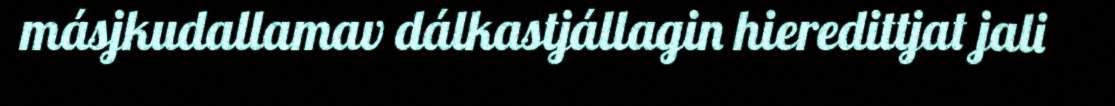
másjkudallamav dálkastjállagin hieredittjat jali